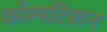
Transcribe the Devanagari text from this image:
कॉम्पटिशन